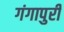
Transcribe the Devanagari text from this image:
गंगापुरी